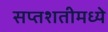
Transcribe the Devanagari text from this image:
सप्तशतीमध्ये